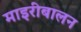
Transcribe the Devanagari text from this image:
माइरीबालन